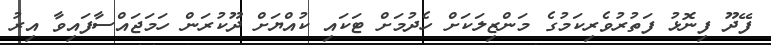
ފޭދޫ ފިނޮޅު ފަތުރުވެރިކަމުގެ މަންޒިލަކަށް ހެދުމަށް ޓަކައި ކުއްޔަށް ދޫކުރަން ހަމަޖައްސާފައިވާ އިރު